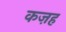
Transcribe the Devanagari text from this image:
कज़ह